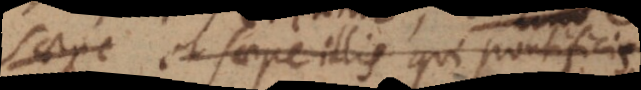
saepe et saepe illis qui Pontificis